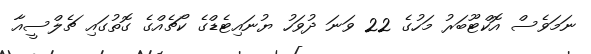
ނަމަވެސް އޮކްޓޫބަރު މަހުގެ 22 ވަނަ ދުވަހު ޔުނައިޓެޑްގެ ކޯޗެއްގެ ގޮތުގައި ޗެލްސީއާ